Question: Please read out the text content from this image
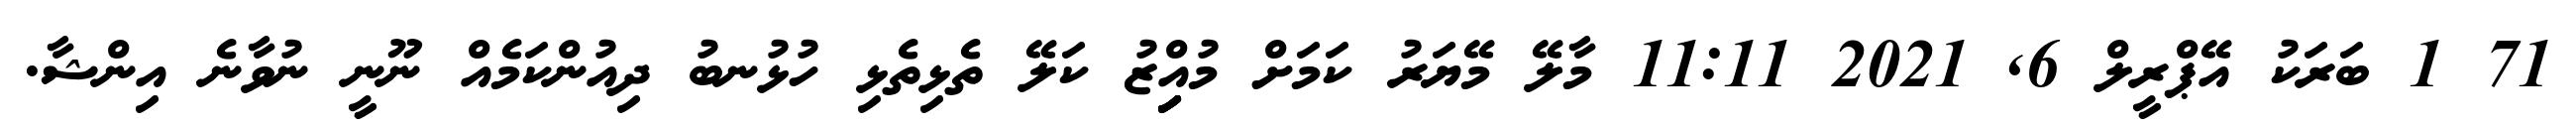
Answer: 71 1 ބަރަކު އޭޕްރީލް 6, 2021 11:11 މާލޭ މޭޔަރު ކަމަށް މުއިިިިިްޒު ކަލޭ ތެޅިތެޅި ހުޅުނބު ދިއުންކަމެއް ނޫނީ ނުވާނެ އިންޝާ.